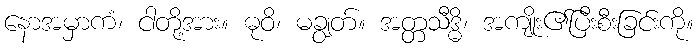
နောအမှာကံ၊ ငါတို့အား။ ဓုဝိ၊ မချွတ်။ အတ္တသီဒ္ဓိ၊ အကျိုး၏ပြီးစီးခြင်းကို။